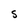
Character: S